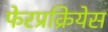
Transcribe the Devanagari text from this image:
फेरप्रक्रियेस